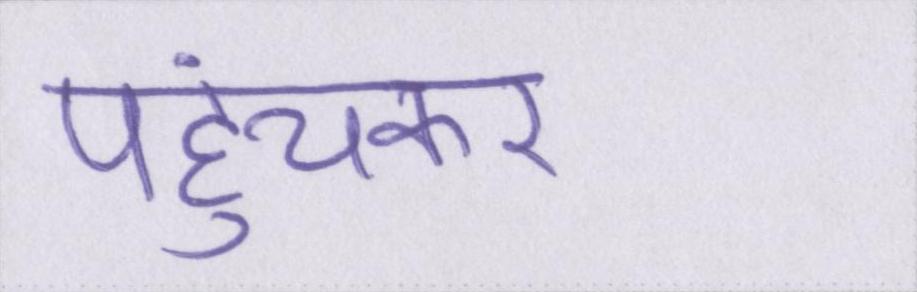
पहुंचकर